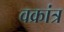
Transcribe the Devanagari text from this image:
वक्रांत्र